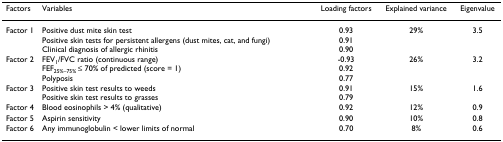
<table><thead><tr><td><b>Factors</b></td><td><b>Variables</b></td><td><b>Loading factors</b></td><td><b>Explained variance</b></td><td><b>Eigenvalue</b></td></tr></thead><tbody><tr><td>Factor 1</td><td>Positive dust mite skin testPositive skin tests for persistent allergens (dust mites, cat, and fungi)Clinical diagnosis of allergic rhinitis</td><td>0.930.910.90</td><td>29%</td><td>3.5</td></tr><tr><td>Factor 2</td><td>FEV<sub>1</sub>/FVC ratio (continuous range)FEF<sub>25%–75% </sub>≤ 70% of predicted (score = 1)Polyposis</td><td>-0.930.920.77</td><td>26%</td><td>3.2</td></tr><tr><td>Factor 3</td><td>Positive skin test results to weedsPositive skin test results to grasses</td><td>0.910.79</td><td>15%</td><td>1.6</td></tr><tr><td>Factor 4</td><td>Blood eosinophils &gt; 4% (qualitative)</td><td>0.92</td><td>12%</td><td>0.9</td></tr><tr><td>Factor 5</td><td>Aspirin sensitivity</td><td>0.90</td><td>10%</td><td>0.8</td></tr><tr><td>Factor 6</td><td>Any immunoglobulin &lt; lower limits of normal</td><td>0.70</td><td>8%</td><td>0.6</td></tr></tbody></table>